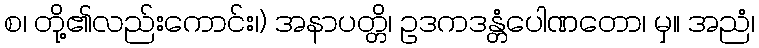
စ၊ တို့၏လည်းကောင်း၊) အနာပတ္တိ၊ ဥဒကဒန္တံပေါဏတော၊ မှ။ အညံ၊